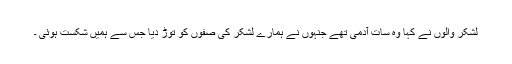
لشکر والوں نے کہا وہ سات آدمی تھے جنہوں نے ہمارے لشکر کی صفوں کو توڑ دیا جس سے ہمیں شکست ہوئی ۔